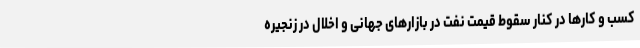
کسب و کارها در کنار سقوط قیمت نفت در بازارهای جهانی و اخلال در زنجیره